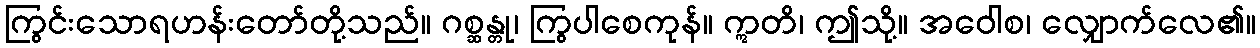
ကြွင်းသောရဟန်းတော်တို့သည်။ ဂစ္ဆန္တု၊ ကြွပါစေကုန်။ ဣတိ၊ ဤသို့။ အဝေါစ၊ လျှောက်လေ၏။